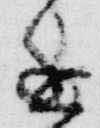
進